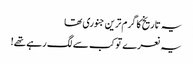
یہ تاریخ کا گرم ترین جنوری تھا
یہ نعرے تو کب سے لگ رہے تھے!